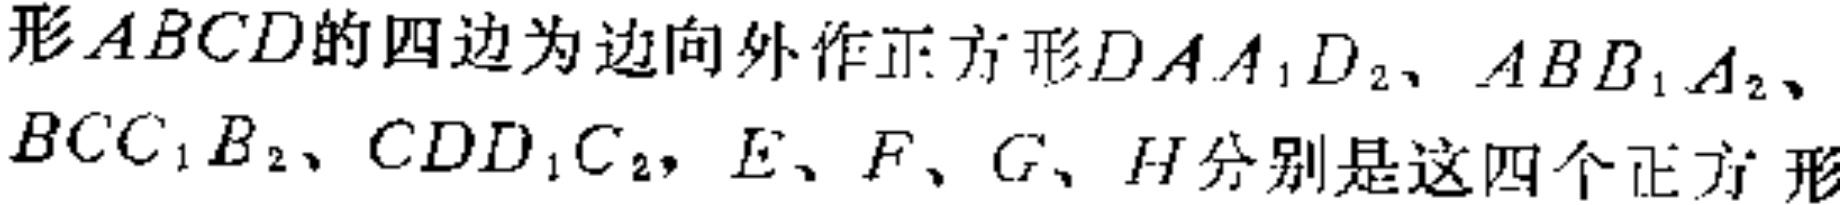
形 \(ABCD\) 的四边为边向外作正方形 \(DAA_1D_2\)、\(ABB_1A_2\)、\(BCC_1B_2\)、\(CDD_1C_2\)，\(E\)、\(F\)、\(G\)、\(H\) 分别是这四个正方形